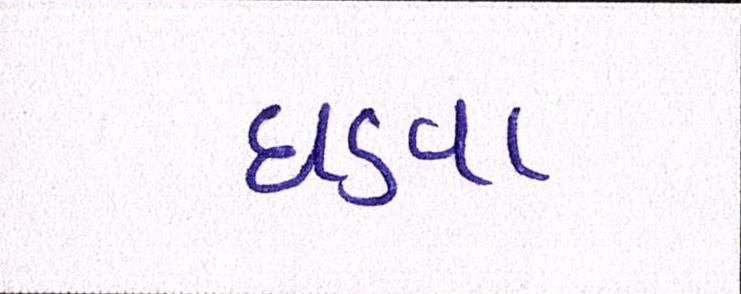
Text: ઘડવા